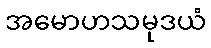
အမောဟသမုဒယံ